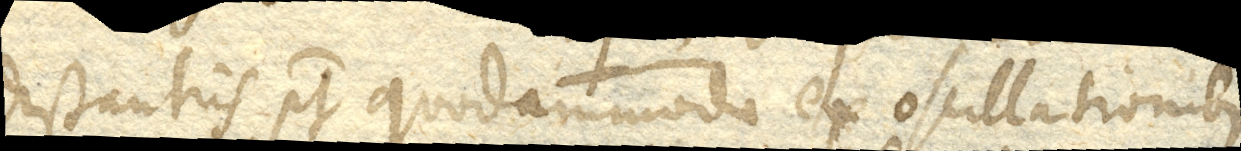
distantiis potest quodammodo ex oscillationibus